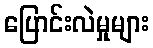
ပြောင်းလဲမှုများ